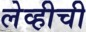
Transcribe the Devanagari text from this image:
लेव्हीची